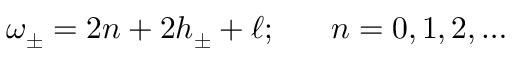
\omega _ { \pm } = 2 n + 2 h _ { \pm } + \ell ; ~ ~ ~ ~ ~ n = 0 , 1 , 2 , \ldots